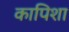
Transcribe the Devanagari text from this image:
कापिशा